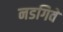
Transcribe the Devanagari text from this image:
नडगिवे